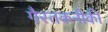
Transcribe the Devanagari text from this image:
गैरतकनीकी